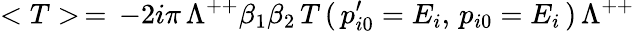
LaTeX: <T>\, =\, -2i\pi\, \Lambda^{++}\beta_{1}\beta_{2}\, T\, (\, p_{i0}^{\prime}=E_{i},\, p_{i0}=E_{i}\, )\, \Lambda^{++}